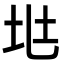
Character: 𡉵